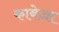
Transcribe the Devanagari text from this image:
काबेज़ा